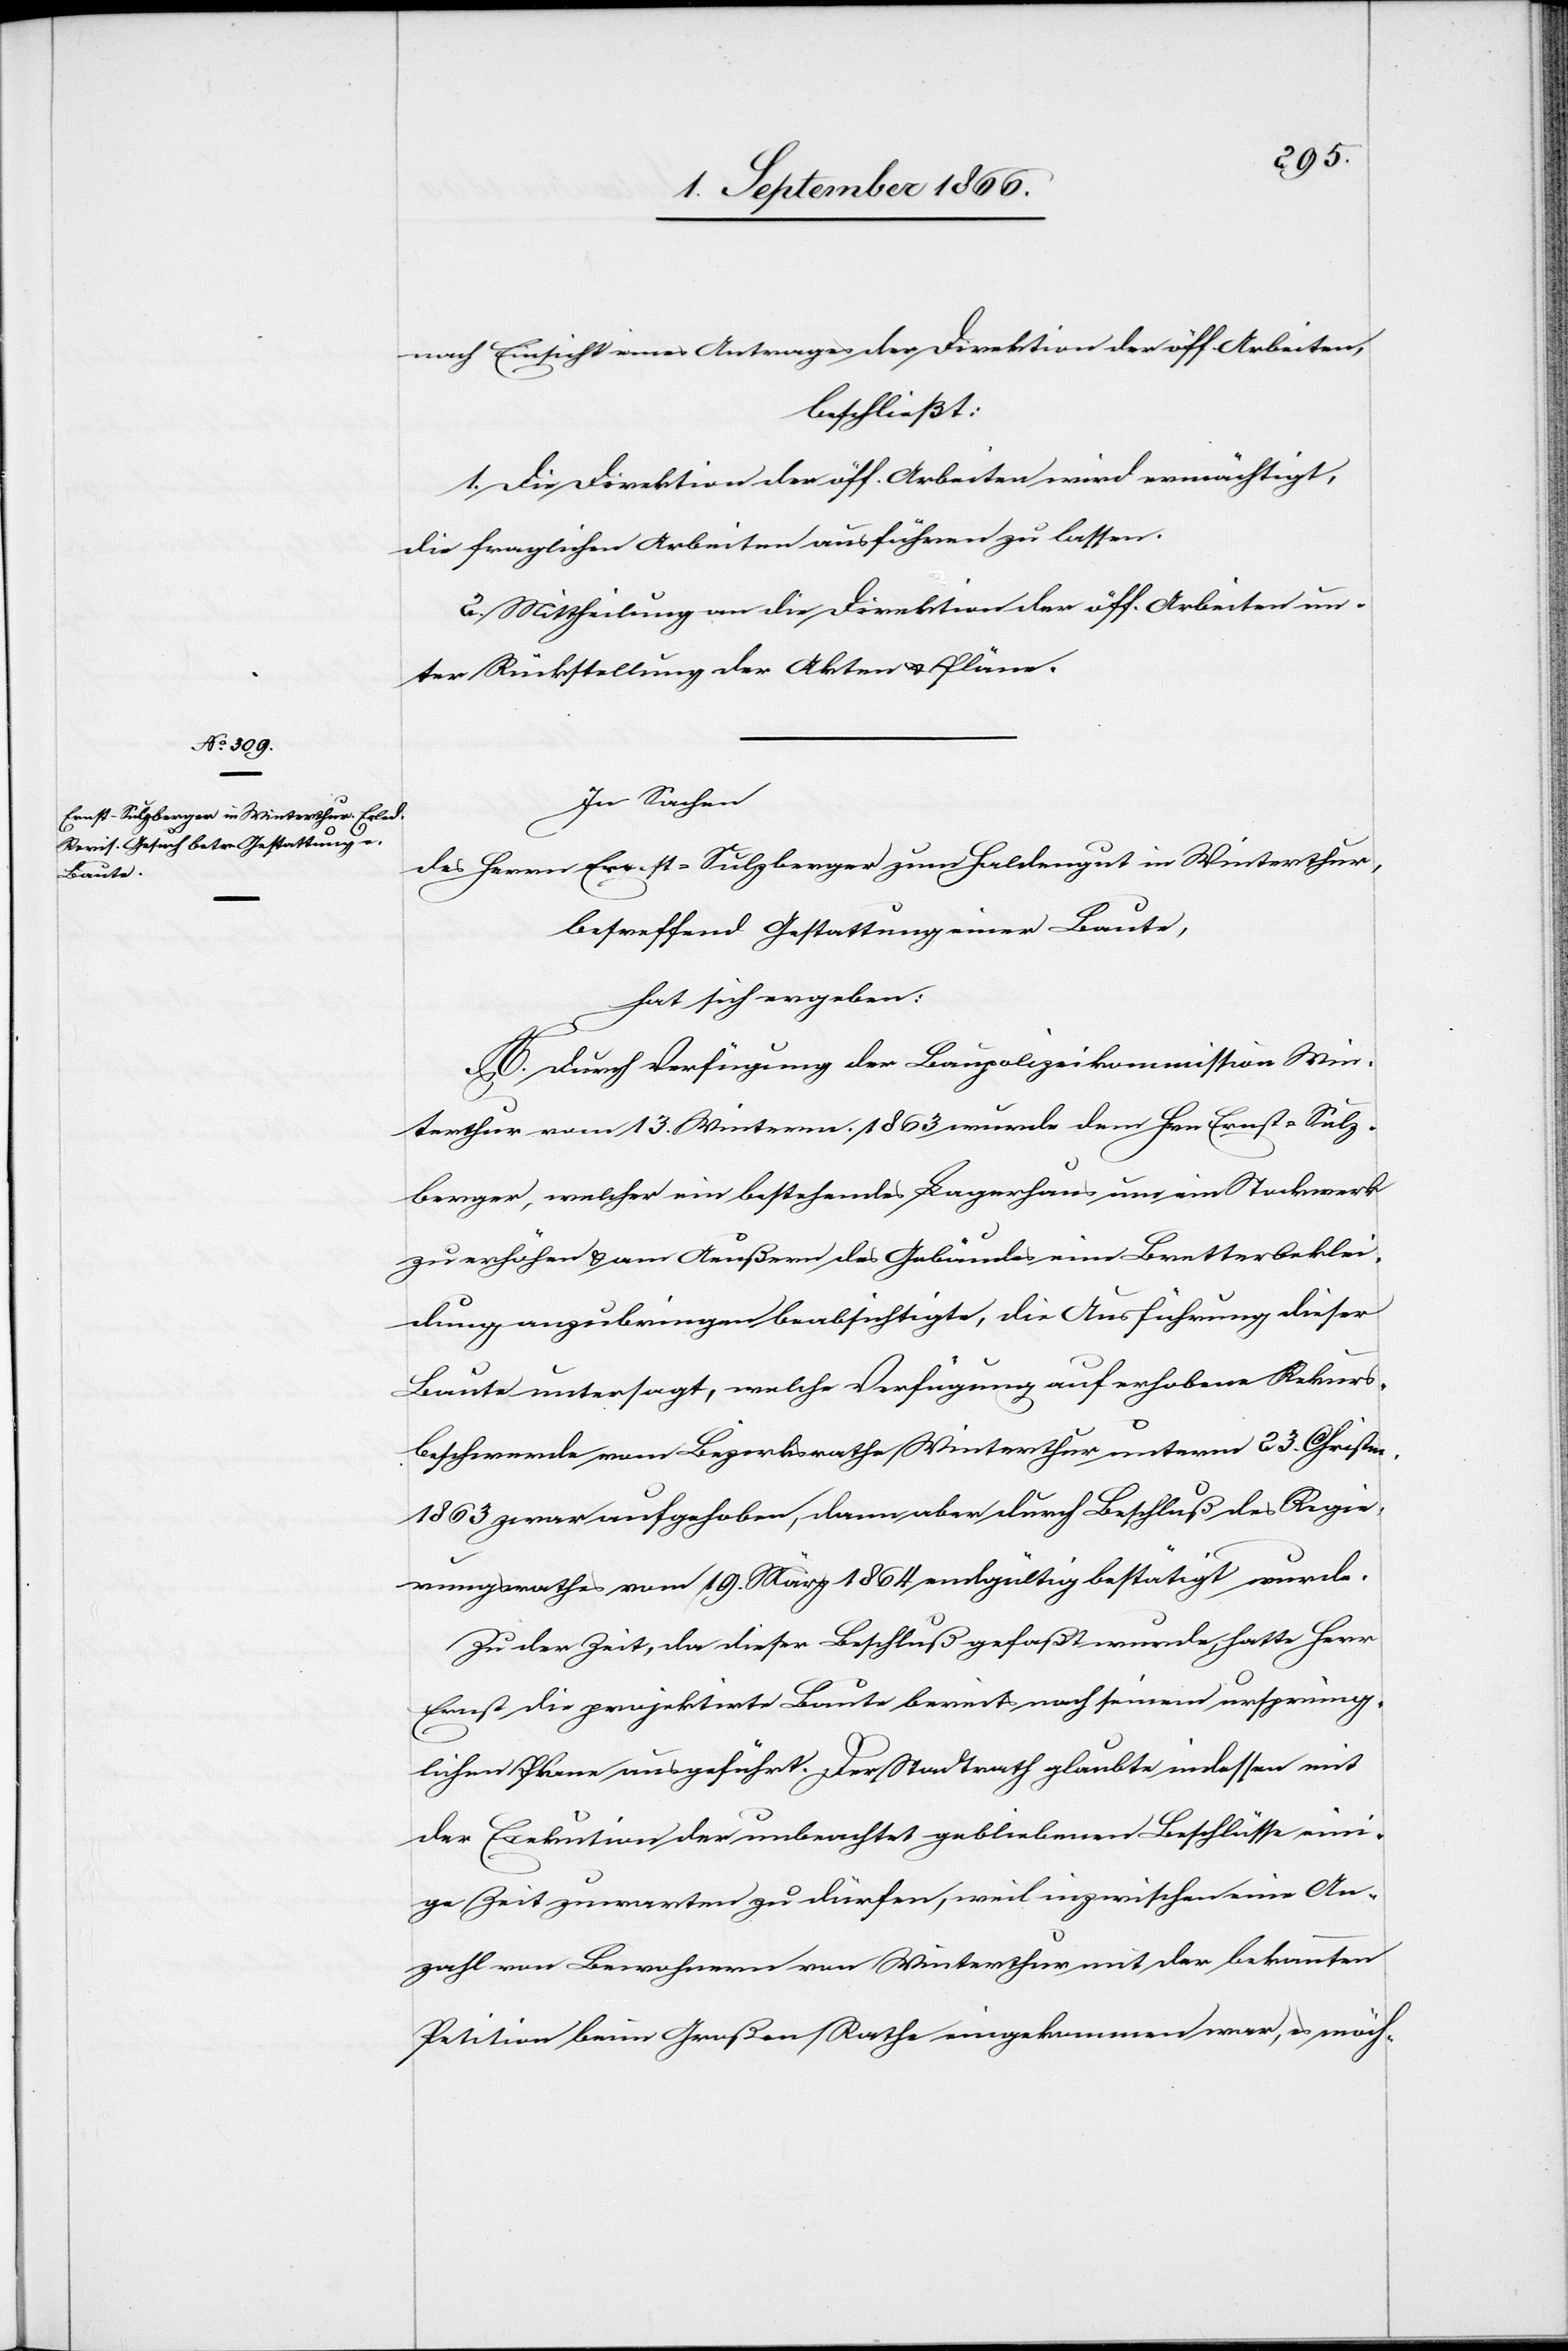
nach Einsicht eines Antrages der Direktion der öff. Arbeiten,
beschließt:
1. Die Direktion der öff. Arbeiten wird ermächtigt,
die fraglichen Arbeiten ausführen zu lassen.
2. Mittheilung an die Direktion der öff. Arbeiten un¬
ter Rückstellung der Akten u. Pläne.
In Sachen
des Herrn Ernst-Sulzberger zum Haldengut in Winterthur,
betreffend Gestattung einer Baute
hat sich ergeben:
A. Durch Verfügung der Baupolizeikommission Win¬
terthur vom 13. Winterm. 1863 wurde dem Hrn. Ernst-Sulz¬
berger, welcher ein bestehendes Lagerhaus um ein Stockwerk
zu erhöhen u. am Aeußern des Gebäudes eine Bretterbeklei¬
dung anzubringen beabsichtigte, die Ausführung dieser
Baute untersagt, welche Verfügung auf erhobene Rekurs¬
beschwerde vom Bezirksrathe Winterthur unterm 23. Christm.
1863 zwar aufgehoben, dann aber durch Beschluß des Regie¬
rungsrathes vom 19. März 1864 endgültig bestätigt wurde.
In der Zeit, da dieser Beschluß gefaßt wurde, hatte Herr
Ernst die projektirte Baute bereits nach seinem ursprüng¬
lichen Plane ausgeführt. Der Stadtrath glaubte indessen mit
der Exekution der unbeachtet gebliebenen Beschlüsse eini¬
ge Zeit zuwarten zu dürfen, weil inzwischen eine An¬
zahl von Bewohnern von Winterthur mit der bekannten
Petition beim Großen Rathe eingekommen war, es möch-